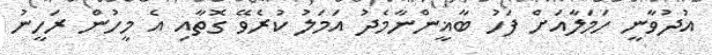
އުދުވާނީ ހަމަލާއަށް ފަހު ބާޣީންނާމެދު އަމަލު ކުރެވޭ ގޮތާއި އެ މީހުން ރަހީނު